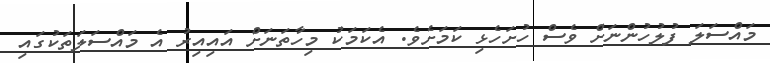
މައްސަލަ ފުލުހުންނަށް ވެސް ހުށަހެޅި ކަމަށެވެ. އެކަމަކު މިހާތަނަށް އައިއިރު އެ މައްސަލަތަކުގައި